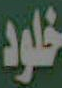
خلود